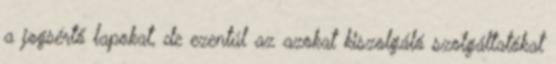
a jogsértő lapokat, de ezentúl az azokat kiszolgáló szolgáltatókat